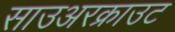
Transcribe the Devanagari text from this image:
साउअरक्राउट